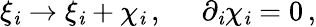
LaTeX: \xi_{\mathit{i}}\to\xi_{\mathit{i}}+\chi_{\mathit{i}}\, ,\, \, \, \, \, \, \, \, \partial_{\mathit{i}}\chi_{\mathit{i}}=0\, ,